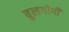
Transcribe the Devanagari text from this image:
बुलगोगी